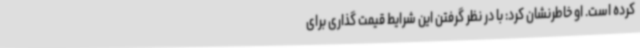
کرده است. او خاطرنشان کرد: با در نظر گرفتن این شرایط قیمت گذاری برای